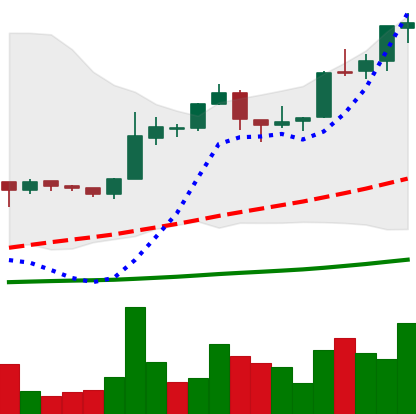
Ticker: BTC-USD
Chart end date: 2015-12-09
Forward return: 6.375%
Label: up_5_7